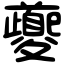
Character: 夔